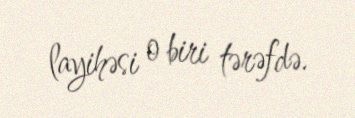
layihəsi o biri tərəfdə.